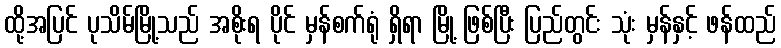
ထို့အပြင် ပုသိမ်မြို့သည် အစိုးရ ပိုင် မှန်စက်ရုံ ရှိရာ မြို့ ဖြစ်ပြီး ပြည်တွင်း သုံး မှန်နှင့် ဖန်ထည်